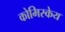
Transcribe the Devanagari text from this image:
कोमिस्केय